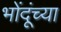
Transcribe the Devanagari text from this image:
भोंदूंच्या